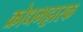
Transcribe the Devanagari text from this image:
क्रोधभट्टारक